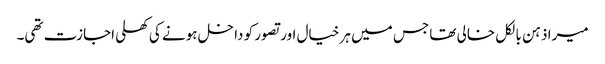
میرا ذہن بالکل خالی تھا جس میں ہر خیال اور تصور کو داخل ہونے کی کھلی اجازت تھی۔